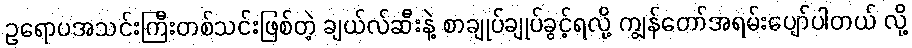
ဥရောပအသင်းကြီးတစ်သင်းဖြစ်တဲ့ ချယ်လ်ဆီးနဲ့ စာချုပ်ချုပ်ခွင့်ရလို့ ကျွန်တော်အရမ်းပျော်ပါတယ် လို့